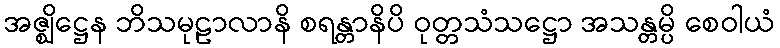
အဇ္ဈိဋ္ဌေန ဘိသမုဠာလာနိ စရန္တာနိပိ ဝုတ္တသံသဋ္ဌော အသန္တမ္ပိ စေဝါယံ